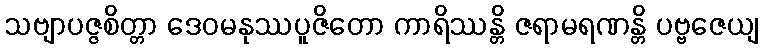
သဗျာပဇ္ဇစိတ္တာ ဒေဝမနုဿပူဇိတော ကာရိဿန္တိ ဇရာမရဏန္တိ ပဗ္ဗဇေယျ